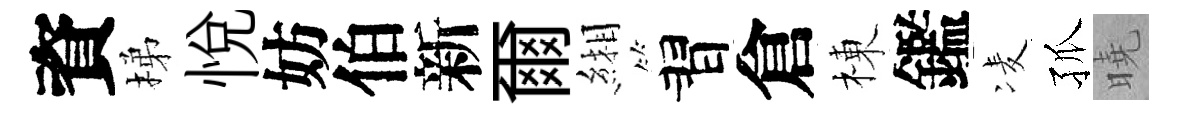
資梯悅妨伯新爾緗習倉棟鑑凌孤曉